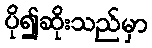
ပို၍ဆိုးသည်မှာ